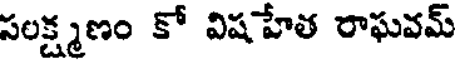
సలక్ష్మణం కో విషహేత రాఘవమ్